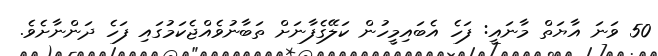
50 ވަނަ އާޔަތް މާނައީ: ފަހެ އެބައިމީހުން ކަލޭގެފާނަށް ތަބާނުވެއްޖެކަމުގައި ފަހެ ދަންނާށެވެ.